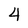
Character: 4